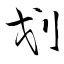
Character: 划